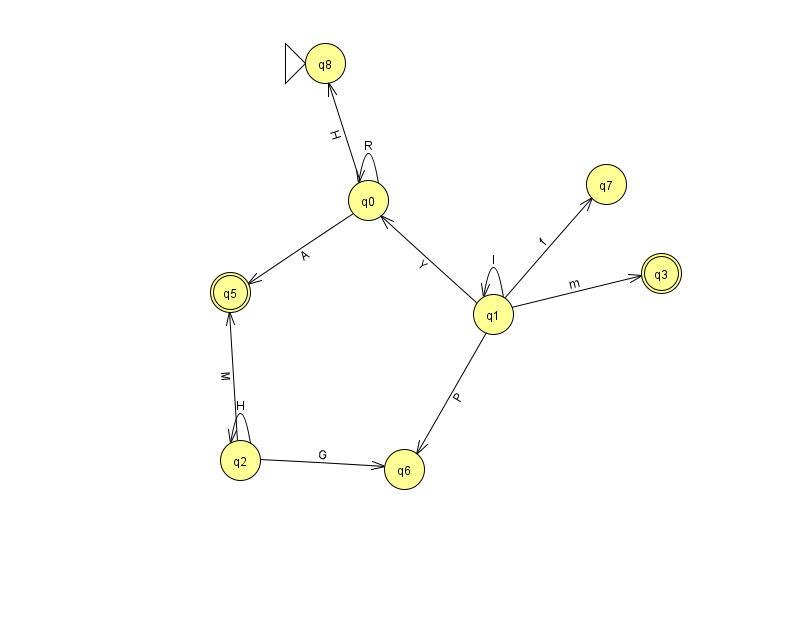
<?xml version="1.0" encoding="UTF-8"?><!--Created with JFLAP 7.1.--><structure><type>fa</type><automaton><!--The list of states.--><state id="0" name="q0"><x>368.0</x><y>187.0</y></state><state id="1" name="q1"><x>493.0</x><y>301.0</y></state><state id="2" name="q2"><x>240.0</x><y>447.0</y></state><state id="3" name="q3"><x>661.0</x><y>260.0</y><final/></state><state id="5" name="q5"><x>230.0</x><y>279.0</y><final/></state><state id="6" name="q6"><x>404.0</x><y>456.0</y></state><state id="7" name="q7"><x>606.0</x><y>171.0</y></state><state id="8" name="q8"><x>325.0</x><y>50.0</y><initial/></state><!--The list of transitions.--><transition><from>1</from><to>0</to><read>Y</read></transition><transition><from>0</from><to>0</to><read>R</read></transition><transition><from>2</from><to>5</to><read>M</read></transition><transition><from>1</from><to>3</to><read>m</read></transition><transition><from>1</from><to>6</to><read>P</read></transition><transition><from>2</from><to>2</to><read>H</read></transition><transition><from>0</from><to>5</to><read>A</read></transition><transition><from>1</from><to>1</to><read>I</read></transition><transition><from>0</from><to>8</to><read>H</read></transition><transition><from>1</from><to>7</to><read>f</read></transition><transition><from>2</from><to>6</to><read>G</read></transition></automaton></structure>